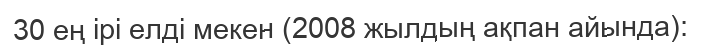
30 ең ірі елді мекен (2008 жылдың ақпан айында):